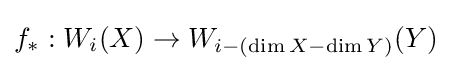
f_{*}:W_{i}(X)\to W_{i-(\dim X-\dim Y)}(Y)